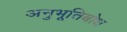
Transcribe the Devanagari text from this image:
अनुभूतिबोध